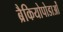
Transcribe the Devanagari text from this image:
ब्रैकियोपोडाओं